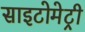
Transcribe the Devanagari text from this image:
साइटोमेट्री